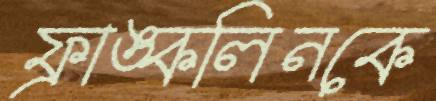
ফ্রাঙ্কলিনকে